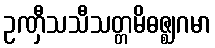
ဥဏှီသသီသတ္တမိဓဇ္ဈဂမာ